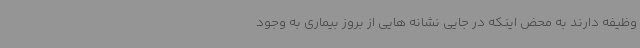
وظیفه دارند به محض اینکه در جایی نشانه هایی از بروز بیماری به وجود